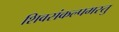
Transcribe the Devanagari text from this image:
शिवसंकल्पमस्तु